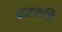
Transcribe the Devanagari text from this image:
शतरुद्रि